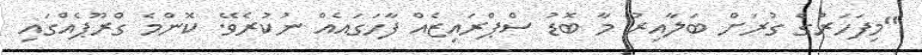
"މިފަހަރުގެ ގުރަށް ބަލާއިރު މާ ބޮޑު ސްޕްރައިޒެއް ފާހަގައެއް ނުކުރެވޭ. ކޮންމެ ގްރޫޕެއްގައި